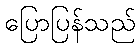
ပြောပြန်သည်